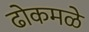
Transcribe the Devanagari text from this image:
ढोकमळे